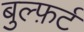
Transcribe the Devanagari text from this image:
बुल्फ़र्ट